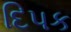
દિપક